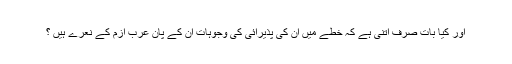
اور کیا بات صرف اتنی ہے کہ خطے میں ان کی پذیرائی کی وجوہات ان کے پان عرب ازم کے نعرے ہیں ؟